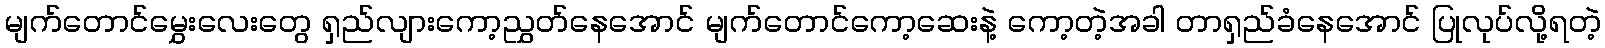
မျက်တောင်မွှေးလေးတွေ ရှည်လျားကော့ညွှတ်နေအောင် မျက်တောင်ကော့ဆေးနဲ့ ကော့တဲ့အခါ တာရှည်ခံနေအောင် ပြုလုပ်လို့ရတဲ့